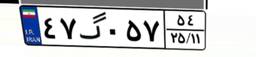
۴۱گ۲۷۳۵۴